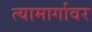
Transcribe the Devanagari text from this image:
त्यामार्गावर